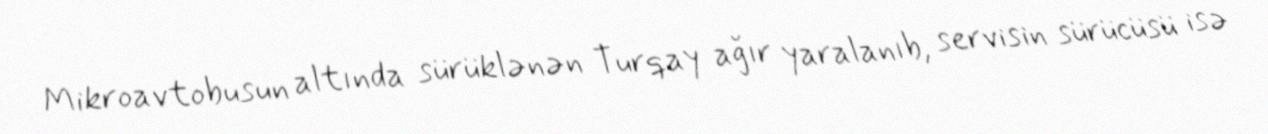
Mikroavtobusun altında sürüklənən Turqay ağır yaralanıb, servisin sürücüsü isə